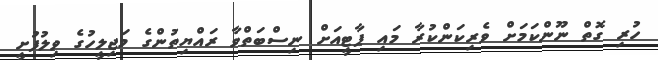
ހުރި ގޮތް ނޫންކަމަށް ވެރިކަންކުރާ މައި ޕާޓީއަށް ނިސްބަތްވާ ރައްޔިތުންގެ މަޖިލީހުގެ ވިލުފުށީ